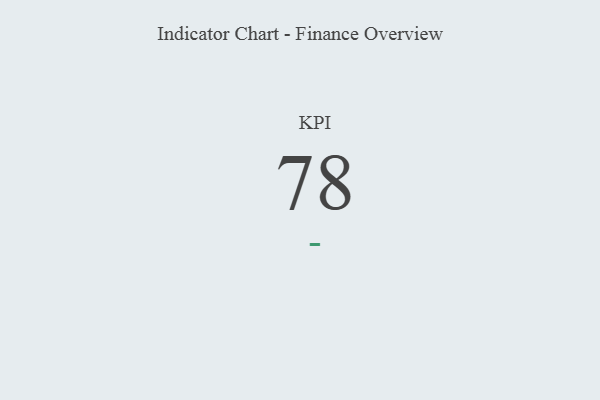
{"axis": {"x": "KPI", "y": "Value"}, "legend": [""], "data": [{"x": "KPI", "y": 78, "type": ""}]}